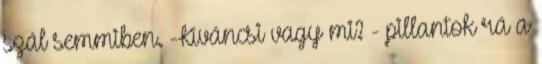
szál semmiben. -Kíváncsi vagy mi? - pillantok rá a